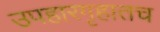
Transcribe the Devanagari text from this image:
उपहारगृहातच